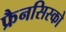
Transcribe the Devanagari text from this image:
फ्रैनसिस्को